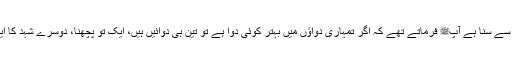
جب سیدنا جابرؓ نے دیکھا کہ اس کو پچھنے لگانے سے رنج ہوتا ہے تو کہا کہ میں نے رسول اللہﷺ سے سنا ہے آپﷺ فرماتے تھے کہ اگر تمہاری دواؤں میں بہتر کوئی دوا ہے تو تین ہی دوائیں ہیں، ایک تو پچھنا، دوسرے شہد کا ایک گھونٹ اور تیسرے انگارے سے جلانا اور رسول اللہﷺ نے فرمایا کہ میں داغ لینا بہتر نہیں جانتا۔